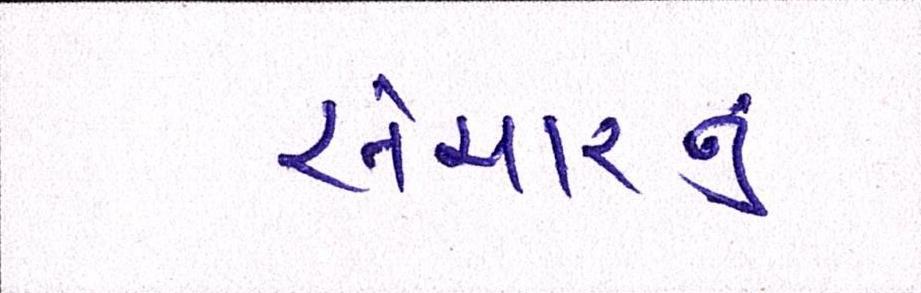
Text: સંસારનું